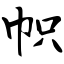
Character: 帜